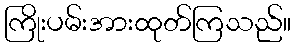
ကြိုးပမ်းအားထုတ်ကြသည်။